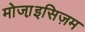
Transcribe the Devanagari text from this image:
मोजा़इसिज़म